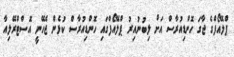
ޕްލޭއޯފްގެ ޖާގަ ހޮންޑިއުރާސް އަށް ލިބުނުއިރު ޕްލޭއޯފްގައި ހޮންޑިއުރާސް ކުޅެން ޖެހޭނީ އޮސްޓްރޭލިއާ